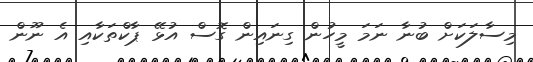
މިސާލަކަށް ބުނާ ނަމަ މީހުން ގިނައިން ގޮސް އުޅޭ ޕާކްތަކާއި އެ ނޫން